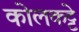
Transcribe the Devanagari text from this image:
कोलकट्टे